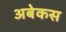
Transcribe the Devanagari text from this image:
अबेकस